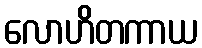
လောဟိတကာယ